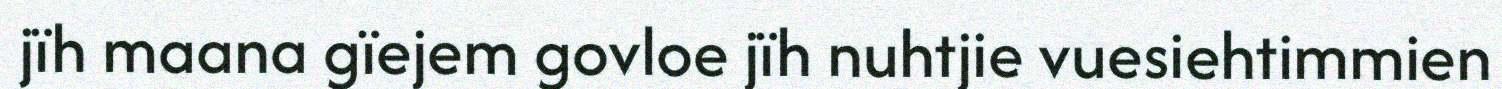
jïh maana gïejem govloe jïh nuhtjie vuesiehtimmien